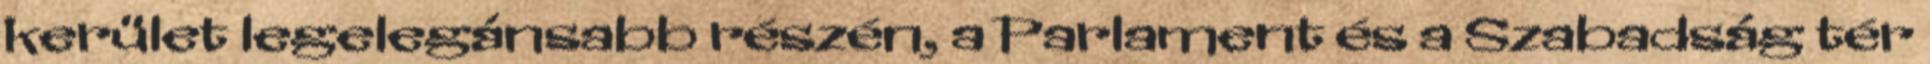
kerület legelegánsabb részén, a Parlament és a Szabadság tér